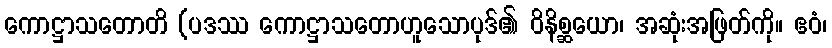
ကောဋ္ဌာသတောတိ (ပဒဿ ကောဋ္ဌာသတောဟူသောပုဒ်၏ ဝိနိစ္ဆယော၊ အဆုံးအဖြတ်ကို။ ဧဝံ၊